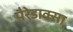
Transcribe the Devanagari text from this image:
पैरेडाक्सा